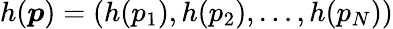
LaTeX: h(\boldsymbol{p})=\left(h(p_{1}),h(p_{2}),\dots,h(p_{N})\right)